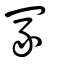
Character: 冢